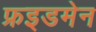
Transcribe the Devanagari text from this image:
फ्रइडमेन